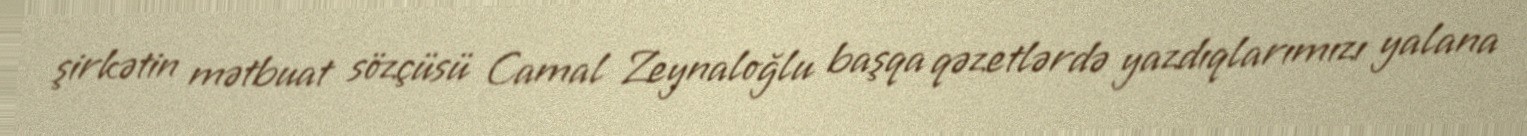
şirkətin mətbuat sözçüsü Camal Zeynaloğlu başqa qəzetlərdə yazdıqlarımızı yalana